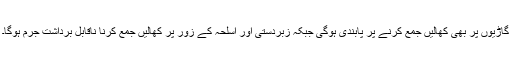
گاڑیوں پر بھی کھالیں جمع کرنے پر پابندی ہوگی جبکہ زبردستی اور اسلحہ کے زور پر کھالیں جمع کرنا ناقابل برداشت جرم ہوگا۔